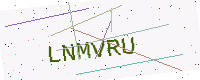
Text: LNMVRU